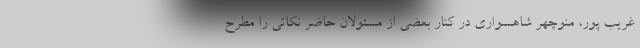
غریب پور، منوچهر شاهسواری در کنار بعضی از مسئولان حاضر نکاتی را مطرح